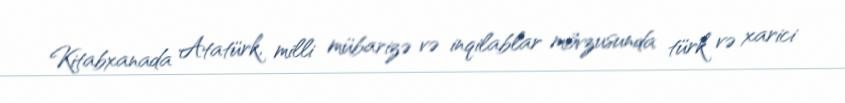
Kitabxanada Atatürk, milli mübarizə və inqilablar mövzusunda türk və xarici